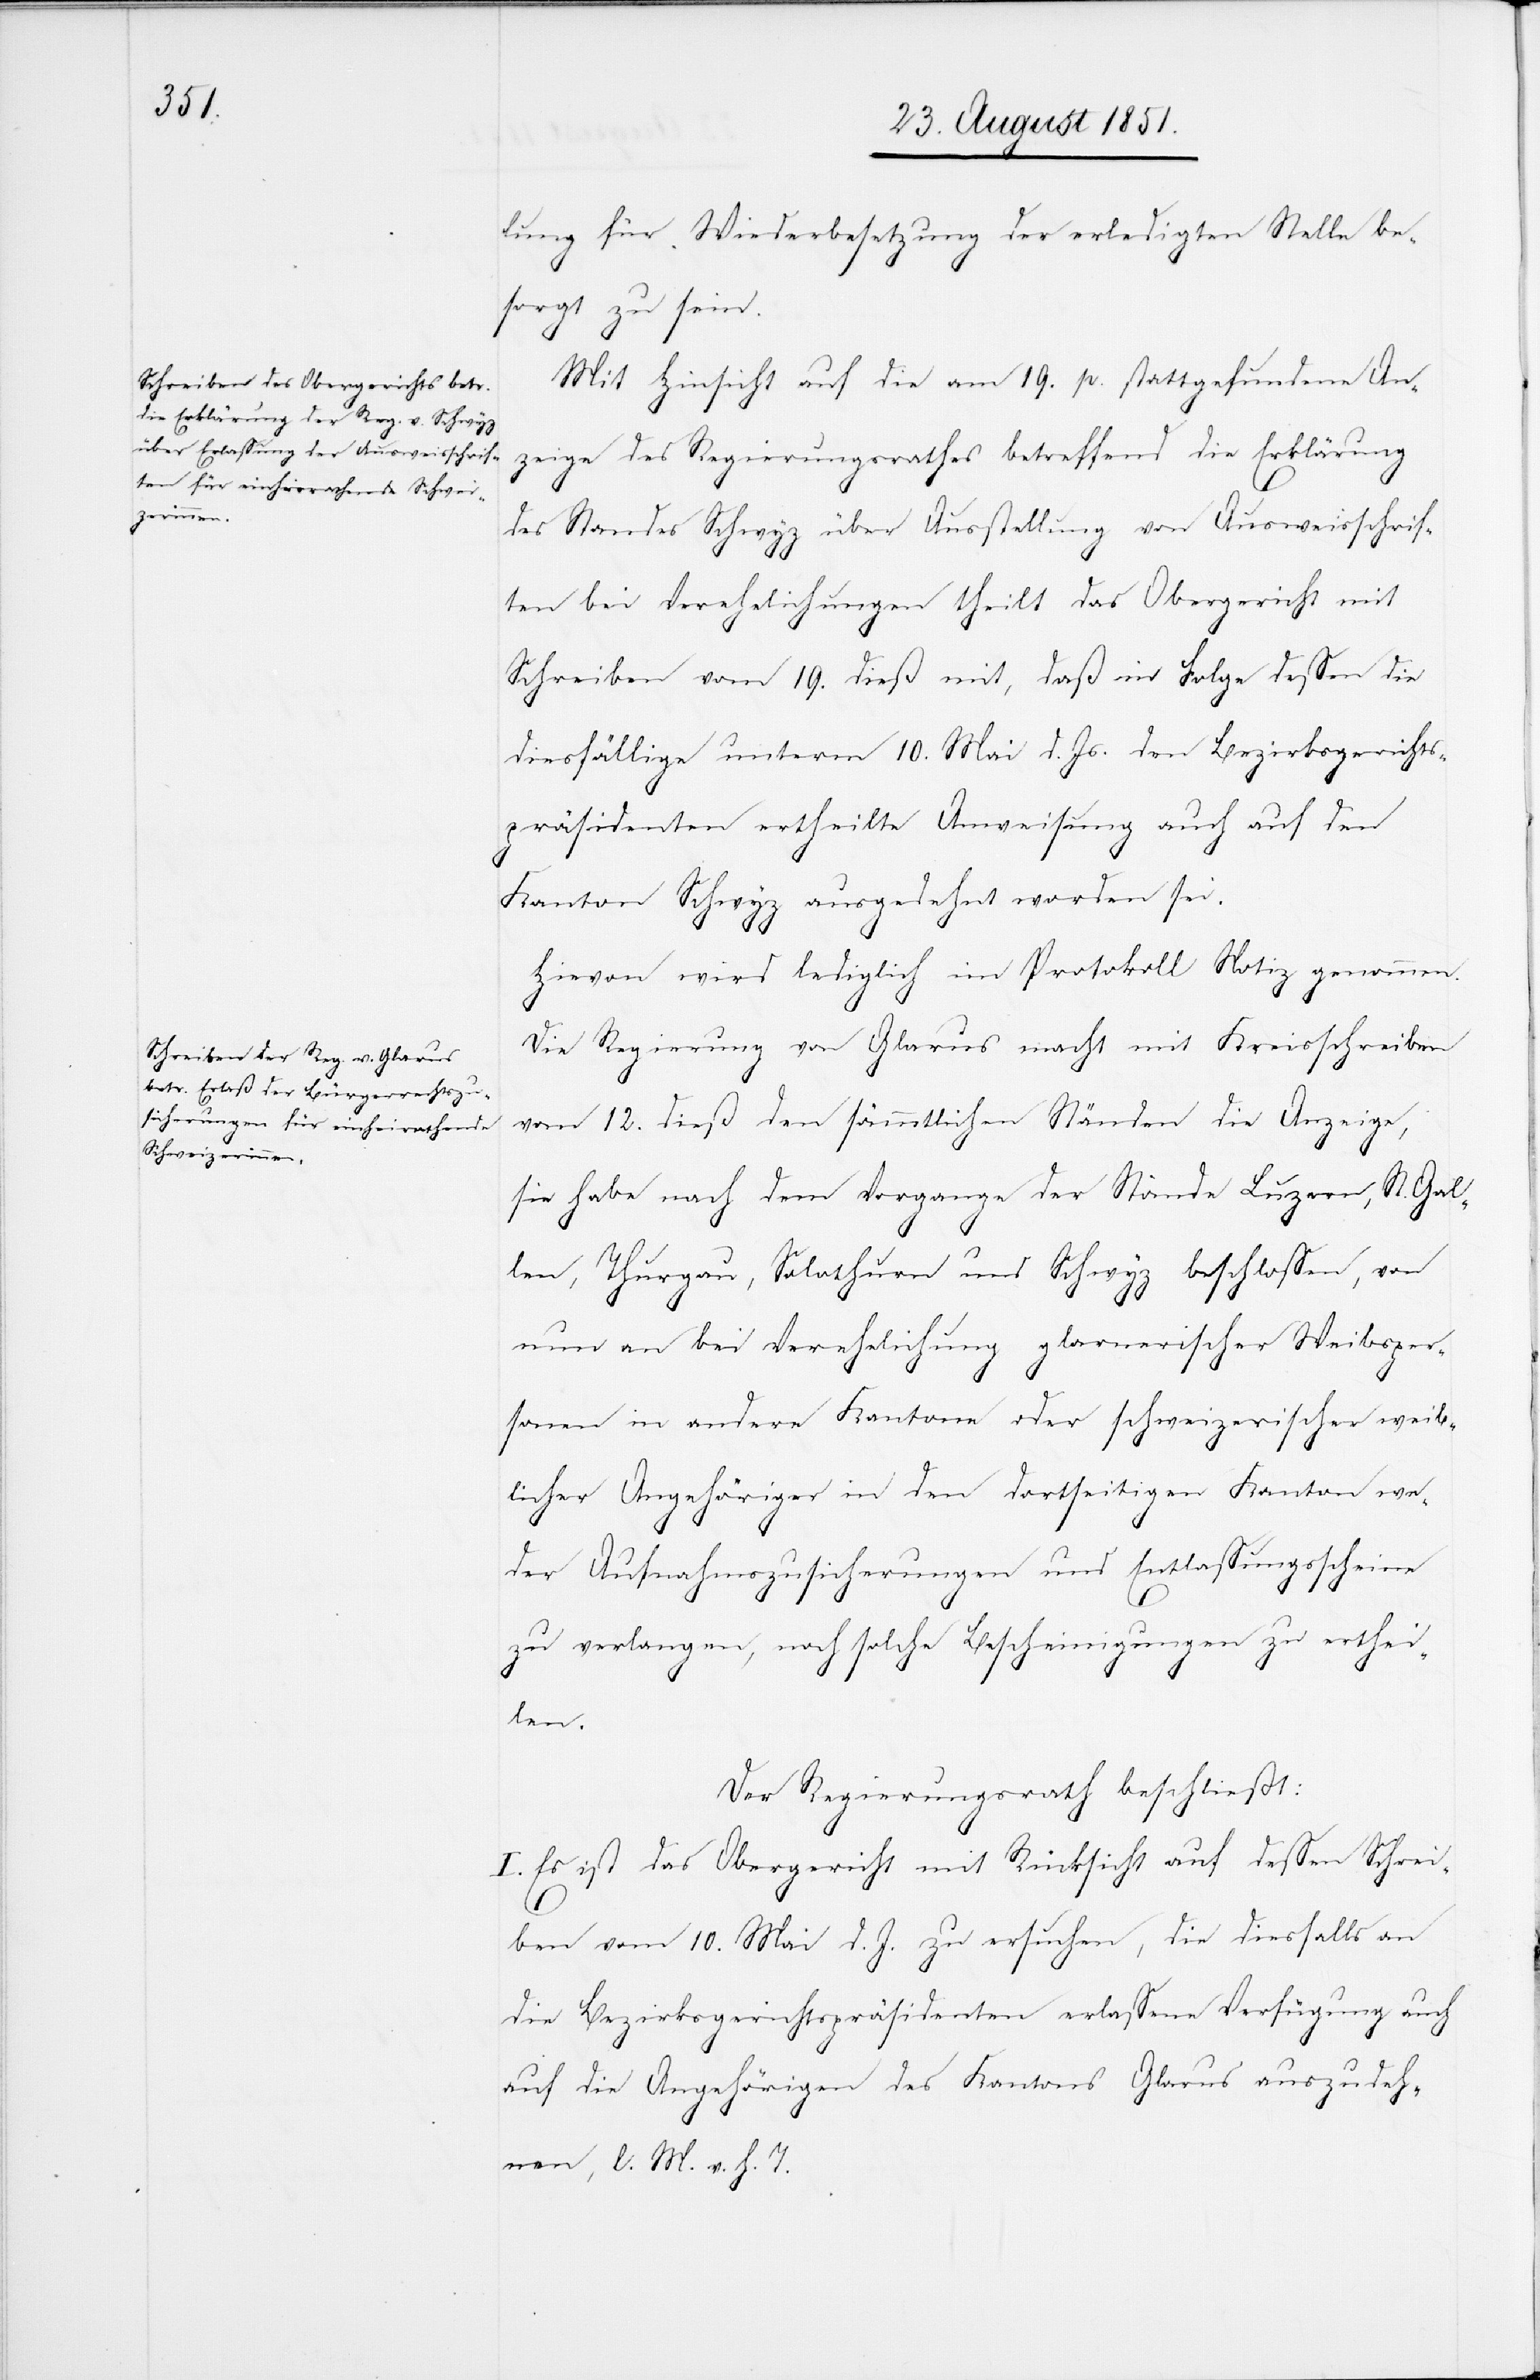
lung für Wiederbesetzung der erledigten Stelle be¬
sorgt zu sein.
Mit Hinsicht auf die am 19. p. stattgefundene An¬
zeige des Regierungsrathes betreffend die Erklärung
des Standes Schwyz über Ausstellung von Ausweisschrif¬
ten bei Verehelichungen theilt das Obergericht mit
Schreiben vom 19. dieß mit, daß in Folge dessen die
diesfällige unterm 10. Mai d. Js. den Bezirksgerichts¬
präsidenten ertheilte Anweisung auch auf den
Kanton Schwyz ausgedehnt worden sei.
Hievon wird lediglich im Protokoll Notiz genommen.
Die Regierung von Glarus macht mit Kreisschreiben
vom 12. dieß den sämmtlichen Ständen die Anzeige,
sie habe nach dem Vorgange der Stände Luzern, St. Gal¬
len, Thurgau, Solothurn und Schwyz beschlossen, von
nun an bei Verehelichung glarnerischer Weibsper¬
sonen in andere Kantone oder schweizerischer weib¬
licher Angehöriger in den dortseitigen Kanton we¬
der Aufnahmszusicherungen und Entlassungsscheine
zu verlangen, noch solche Bescheinigungen zu ertheil¬
en.
Der Regierungsrath beschließt:
I. Es ist das Obergericht mit Rücksicht auf dessen Schrei¬
ben vom 10. Mai d. J. zu ersuchen, die diesfalls an
die Bezirksgerichtspräsidenten erlassene Verfügung auch
auf die Angehörigen des Kantons Glarus auszudeh¬
nen, l. M. v. h. T.